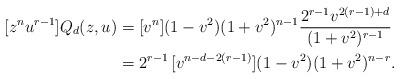
LaTeX: \begin{align*} [z^n u^{r-1}] Q_d(z,u) &= [v^n] (1-v^2) (1+v^2)^{n-1} \frac{2^{r-1} v^{2(r-1)+d}}{(1+v^2)^{r-1}} \\ &=2^{r-1}\,[v^{n-d-2(r-1)}] (1-v^2) (1+v^2)^{n-r}. \end{align*}